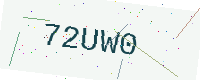
Text: 72UW0